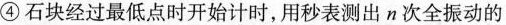
④ 石块经过最低点时开始计时，用秒表测出 n 次全振动的